Indian journal of veterinary science and animal husbandry - Volumes 18-21, 1948-1951
Year: 1948
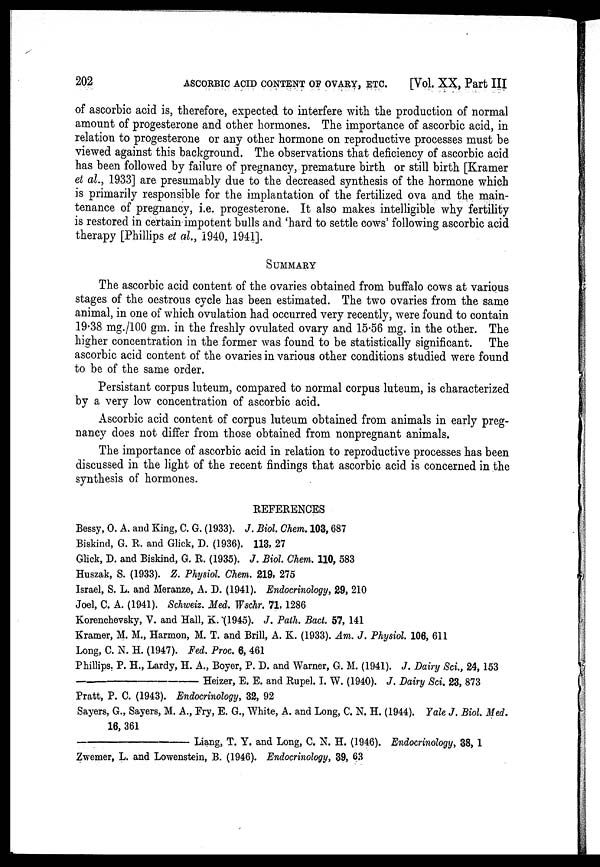
202
ASCORBIC ACID CONTENT OF OVARY, ETC.
[Vol. XX, Part III
of ascorbic acid is, therefore, expected to interfere with the production of normal
amount of progesterone and other hormones. The importance of ascorbic acid, in
relation to progesterone or any other hormone on reproductive processes must be
viewed against this background. The observations that deficiency of ascorbic acid
has been followed by failure of pregnancy, premature birth or still birth [Kramer
et al., 1933] are presumably due to the decreased synthesis of the hormone which
is primarily responsible for the implantation of the fertilized ova and the main-
tenance of pregnancy, i.e. progesterone. It also makes intelligible why fertility
is restored in certain impotent bulls and 'hard to settle cows' following ascorbic acid
therapy [Phillips et al., 1940, 1941].
SUMMARY
The ascorbic acid content of the ovaries obtained from buffalo cows at various
stages of the oestrous cycle has been estimated. The two ovaries from the same
animal, in one of which ovulation had occurred very recently, were found to contain
19.38 mg./100 gm. in the freshly ovulated ovary and 15.56 mg. in the other. The
higher concentration in the former was found to be statistically significant. The
ascorbic acid content of the ovaries in various other conditions studied were found
to be of the same order.
Persistant corpus luteum, compared to normal corpus luteum, is characterized
by a very low concentration of ascorbic acid.
Ascorbic acid content of corpus luteum obtained from animals in early preg-
nancy does not differ from those obtained from nonpregnant animals.
The importance of ascorbic acid in relation to reproductive processes has been
discussed in the light of the recent findings that ascorbic acid is concerned in the
synthesis of hormones.
REFERENCES
Bessy, O. A. and King, C. G. (1933). J. Biol. Chem. 103, 687
Biskind, G. R. and Glick, D. (1936). 113, 27
Glick, D. and Biskind, G. R. (1935). J. Biol. Chem. 110, 583
Huszak, S. (1933). Z. Physiol. Chem. 219, 275
Israel, S. L. and Meranze, A. D. (1941). Endocrinology, 29, 210
Joel, C. A. (1941). Schweiz. Med. Wschr. 71, 1286
Korenchevsky, V. and Hall, K. (1945). J. Path. Bact. 57, 141
Kramer, M. M., Harmon, M. T. and Brill, A. K. (1933). Am. J. Physiol. 106, 611
Long, C. N. H. (1947). Fed. Proc. 6, 461
Phillips. P. H., Lardy, H. A., Boyer, P. D. and Warner, G. M. (1941). J. Dairy Sci., 24, 153
—
Heizer, E. E. and Rupel. I. W. (1940). J. Dairy Sci. 23, 873
Pratt, P. C. (1943). Endocrinology, 32, 92
Sayers, G., Sayers, M. A., Fry, E. G., White, A. and Long, C. N. H. (1944). Yale J. Biol. Med.
16, 361
—
Liang, T. Y. and Long, C. N. H. (1946). Endocrinology, 38, 1
Zwemer, L. and Lowenstein, B. (1946). Endocrinology, 39, 63